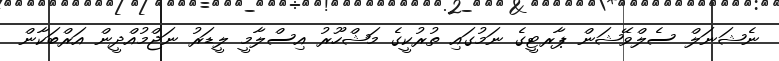
ނެޝަނަލް ސެލްވޭޝަން ޕާރޓީގެ ނަމުގައި ތުރުކީގެ މަޝްހޫރު އިސްލާމީ ލީޑަރު ނަޖްމުއްދީން އަރްބަކާން